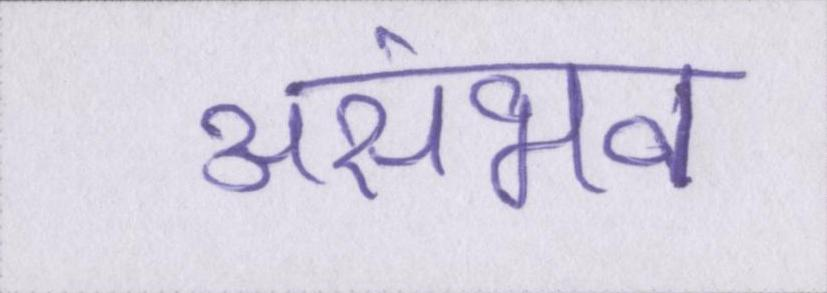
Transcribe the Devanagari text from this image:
असंभव